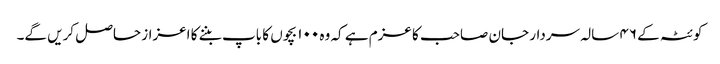
کوئٹہ کے ۴۶ سالہ سردار جان صاحب کا عزم ہے کہ وہ ۱۰۰ بچوں کا باپ بننے کا اعزاز حاصل کریں گے۔